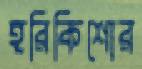
হরিকিশোর